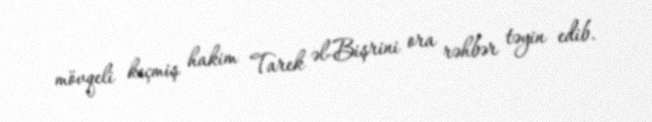
mövqeli keçmiş hakim Tarek əl-Bişrini ora rəhbər təyin edib.